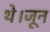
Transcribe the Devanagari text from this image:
थे।जून